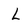
Character: L